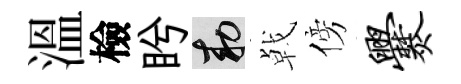
溫檢盻敕㦸傍爨